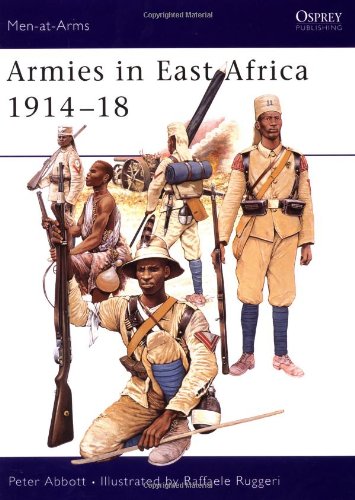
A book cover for Armies in East Africa 1914-18 (Men-at-Arms); Peter Abbott; History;